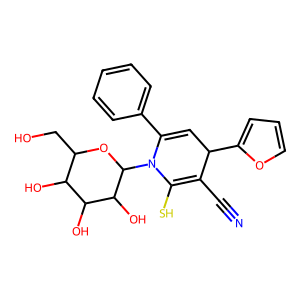
SMILES: N#CC1=C(S)N(C2OC(CO)C(O)C(O)C2O)C(c2ccccc2)=CC1c1ccco1
Inhibits HIV replication: No